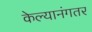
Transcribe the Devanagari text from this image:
केल्यानंगतर